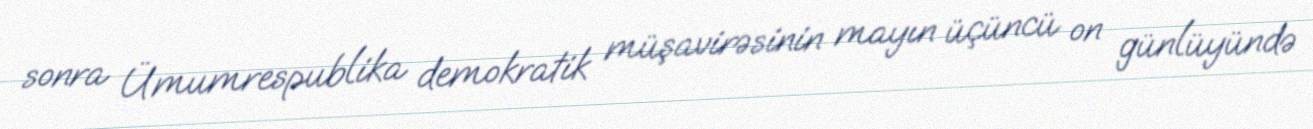
sonra Ümumrespublika demokratik müşavirəsinin mayın üçüncü on günlüyündə